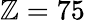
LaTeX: \mathbb{Z}=75